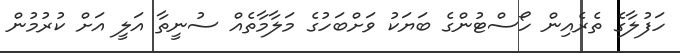
ހަފުލާގެ ތެރެއިން ހޯސްޓުންގެ ބަޔަކު ވަށްބަހުގެ މަލާމާތެއް ސުނީތާ އަލީ އަށް ކުރުމުން